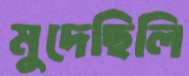
মুদেছিলি